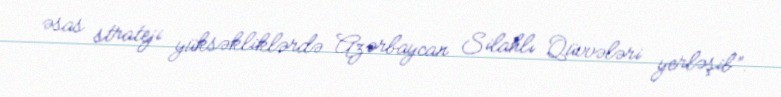
əsas strateji yüksəkliklərdə Azərbaycan Silahlı Qüvvələri yerləşib”.